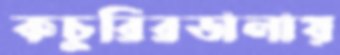
কচুরিরডালায়